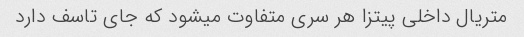
متریال داخلی پیتزا هر سری متفاوت میشود که جای تاسف دارد